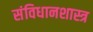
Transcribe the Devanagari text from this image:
संविधानशास्त्र